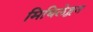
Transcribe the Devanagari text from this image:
मिथिलेहून